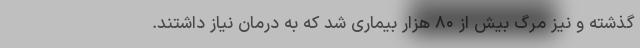
گذشته و نیز مرگ بیش از ۸۰ هزار بیماری شد که به درمان نیاز داشتند.